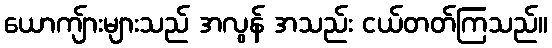
ယောကျ်ားများသည် အလွန် အသည်း ငယ်တတ်ကြသည်။